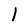
Character: l